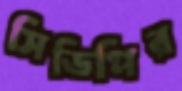
সিডিপির